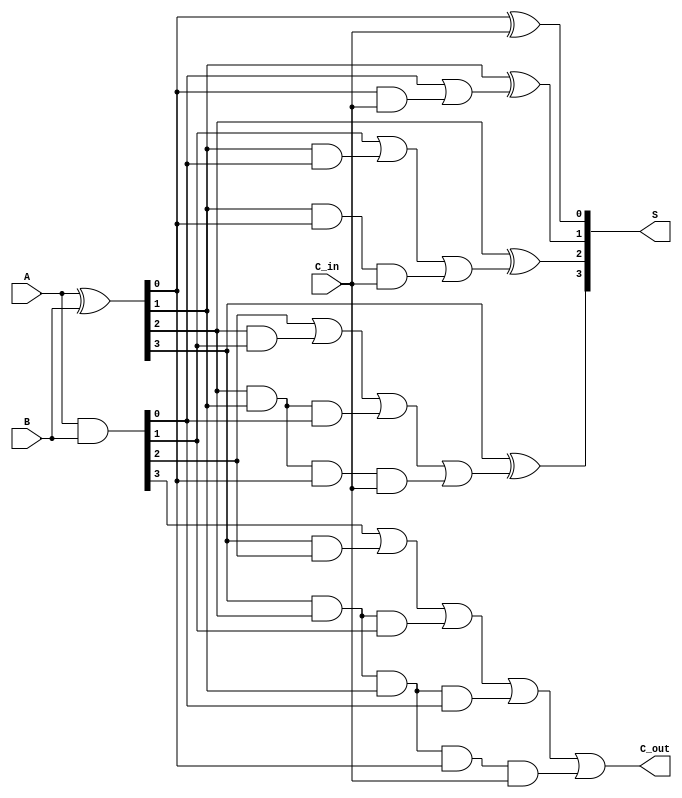
module brent_kung_adder (
    input  [3:0] A,        // 4-bit input A
    input  [3:0] B,        // 4-bit input B
    input        C_in,     // Carry-in
    output [3:0] S,        // 4-bit sum output
    output       C_out      // Carry-out
);

    // Generate and Propagate signals
    wire [3:0] G;          // Generate signals
    wire [3:0] P;          // Propagate signals
    wire [3:0] C;          // Carry signals

    // Compute Generate (G) and Propagate (P)
    assign G = A & B;      // G[i] = A[i] & B[i]
    assign P = A ^ B;      // P[i] = A[i] ^ B[i]

    // Carry signals
    assign C[0] = G[0] | (P[0] & C_in); // C[0] = G[0] | (P[0] & C_in)

    // Level 1
    assign C[1] = G[1] | (P[1] & G[0]) | (P[1] & P[0] & C_in); // C[1] = G[1] | (P[1] & C[0])
    assign C[2] = G[2] | (P[2] & G[1]) | (P[2] & P[1] & G[0]) | (P[2] & P[1] & P[0] & C_in); // C[2]
    assign C[3] = G[3] | (P[3] & G[2]) | (P[3] & P[2] & G[1]) | (P[3] & P[2] & P[1] & G[0]) | (P[3] & P[2] & P[1] & P[0] & C_in); // C[3]

    // Final Carry-out
    assign C_out = C[3];

    // Sum calculation
    assign S[0] = P[0] ^ C_in; // S[0] = P[0] ^ C_in
    assign S[1] = P[1] ^ C[0];  // S[1] = P[1] ^ C[0]
    assign S[2] = P[2] ^ C[1];  // S[2] = P[2] ^ C[1]
    assign S[3] = P[3] ^ C[2];  // S[3] = P[3] ^ C[2]

endmodule